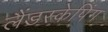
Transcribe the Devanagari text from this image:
लैंडस्केपिंग